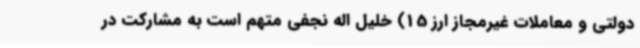
دولتی و معاملات غیرمجاز ارز 15) خلیل اله نجفی متهم است به مشارکت در